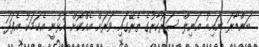
ބަންޑާރަ ނައިބު އަނިލް ސަރުކާރުގެ ތެރޭގައި ވަރަށް އެއްކޮށް އުޅުނީ އެކަމަކު އެފަދަ